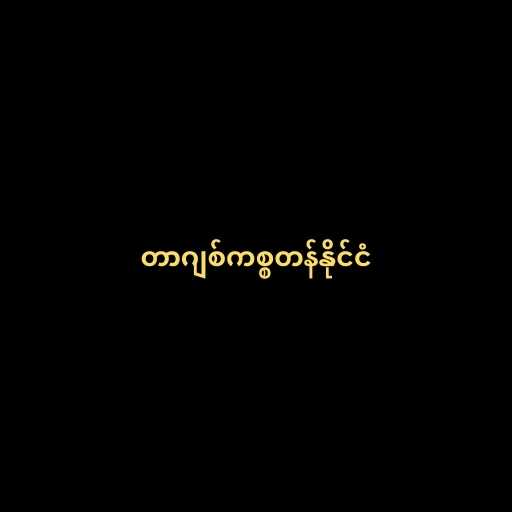
တာဂျစ်ကစ္စတန်နိုင်ငံ